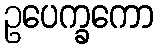
ဥပေက္ခကော